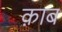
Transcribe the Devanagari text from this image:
क़ाब